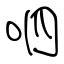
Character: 呬